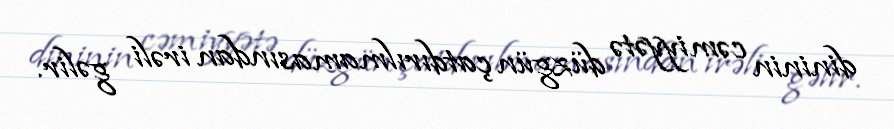
dininin cəmiyyətə düzgün çatdırılmamasından irəli gəlir.